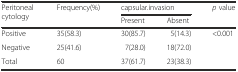
| <ROWSPAN=2> Peritoneal cytology | <ROWSPAN=2> Frequency(%) | <COLSPAN=2> capsular.invasion | <ROWSPAN=2> p value |
 | Present | Absent |
 | --- | --- | --- | --- | --- |
 | Positive | 35(58.3) | 30(85.7) | 5(14.3) | <ROWSPAN=3> <0.001 |
 | Negative | 25(41.6) | 7(28.0) | 18(72.0) |
 | Total | 60 | 37(61.7) | 23(38.3) |